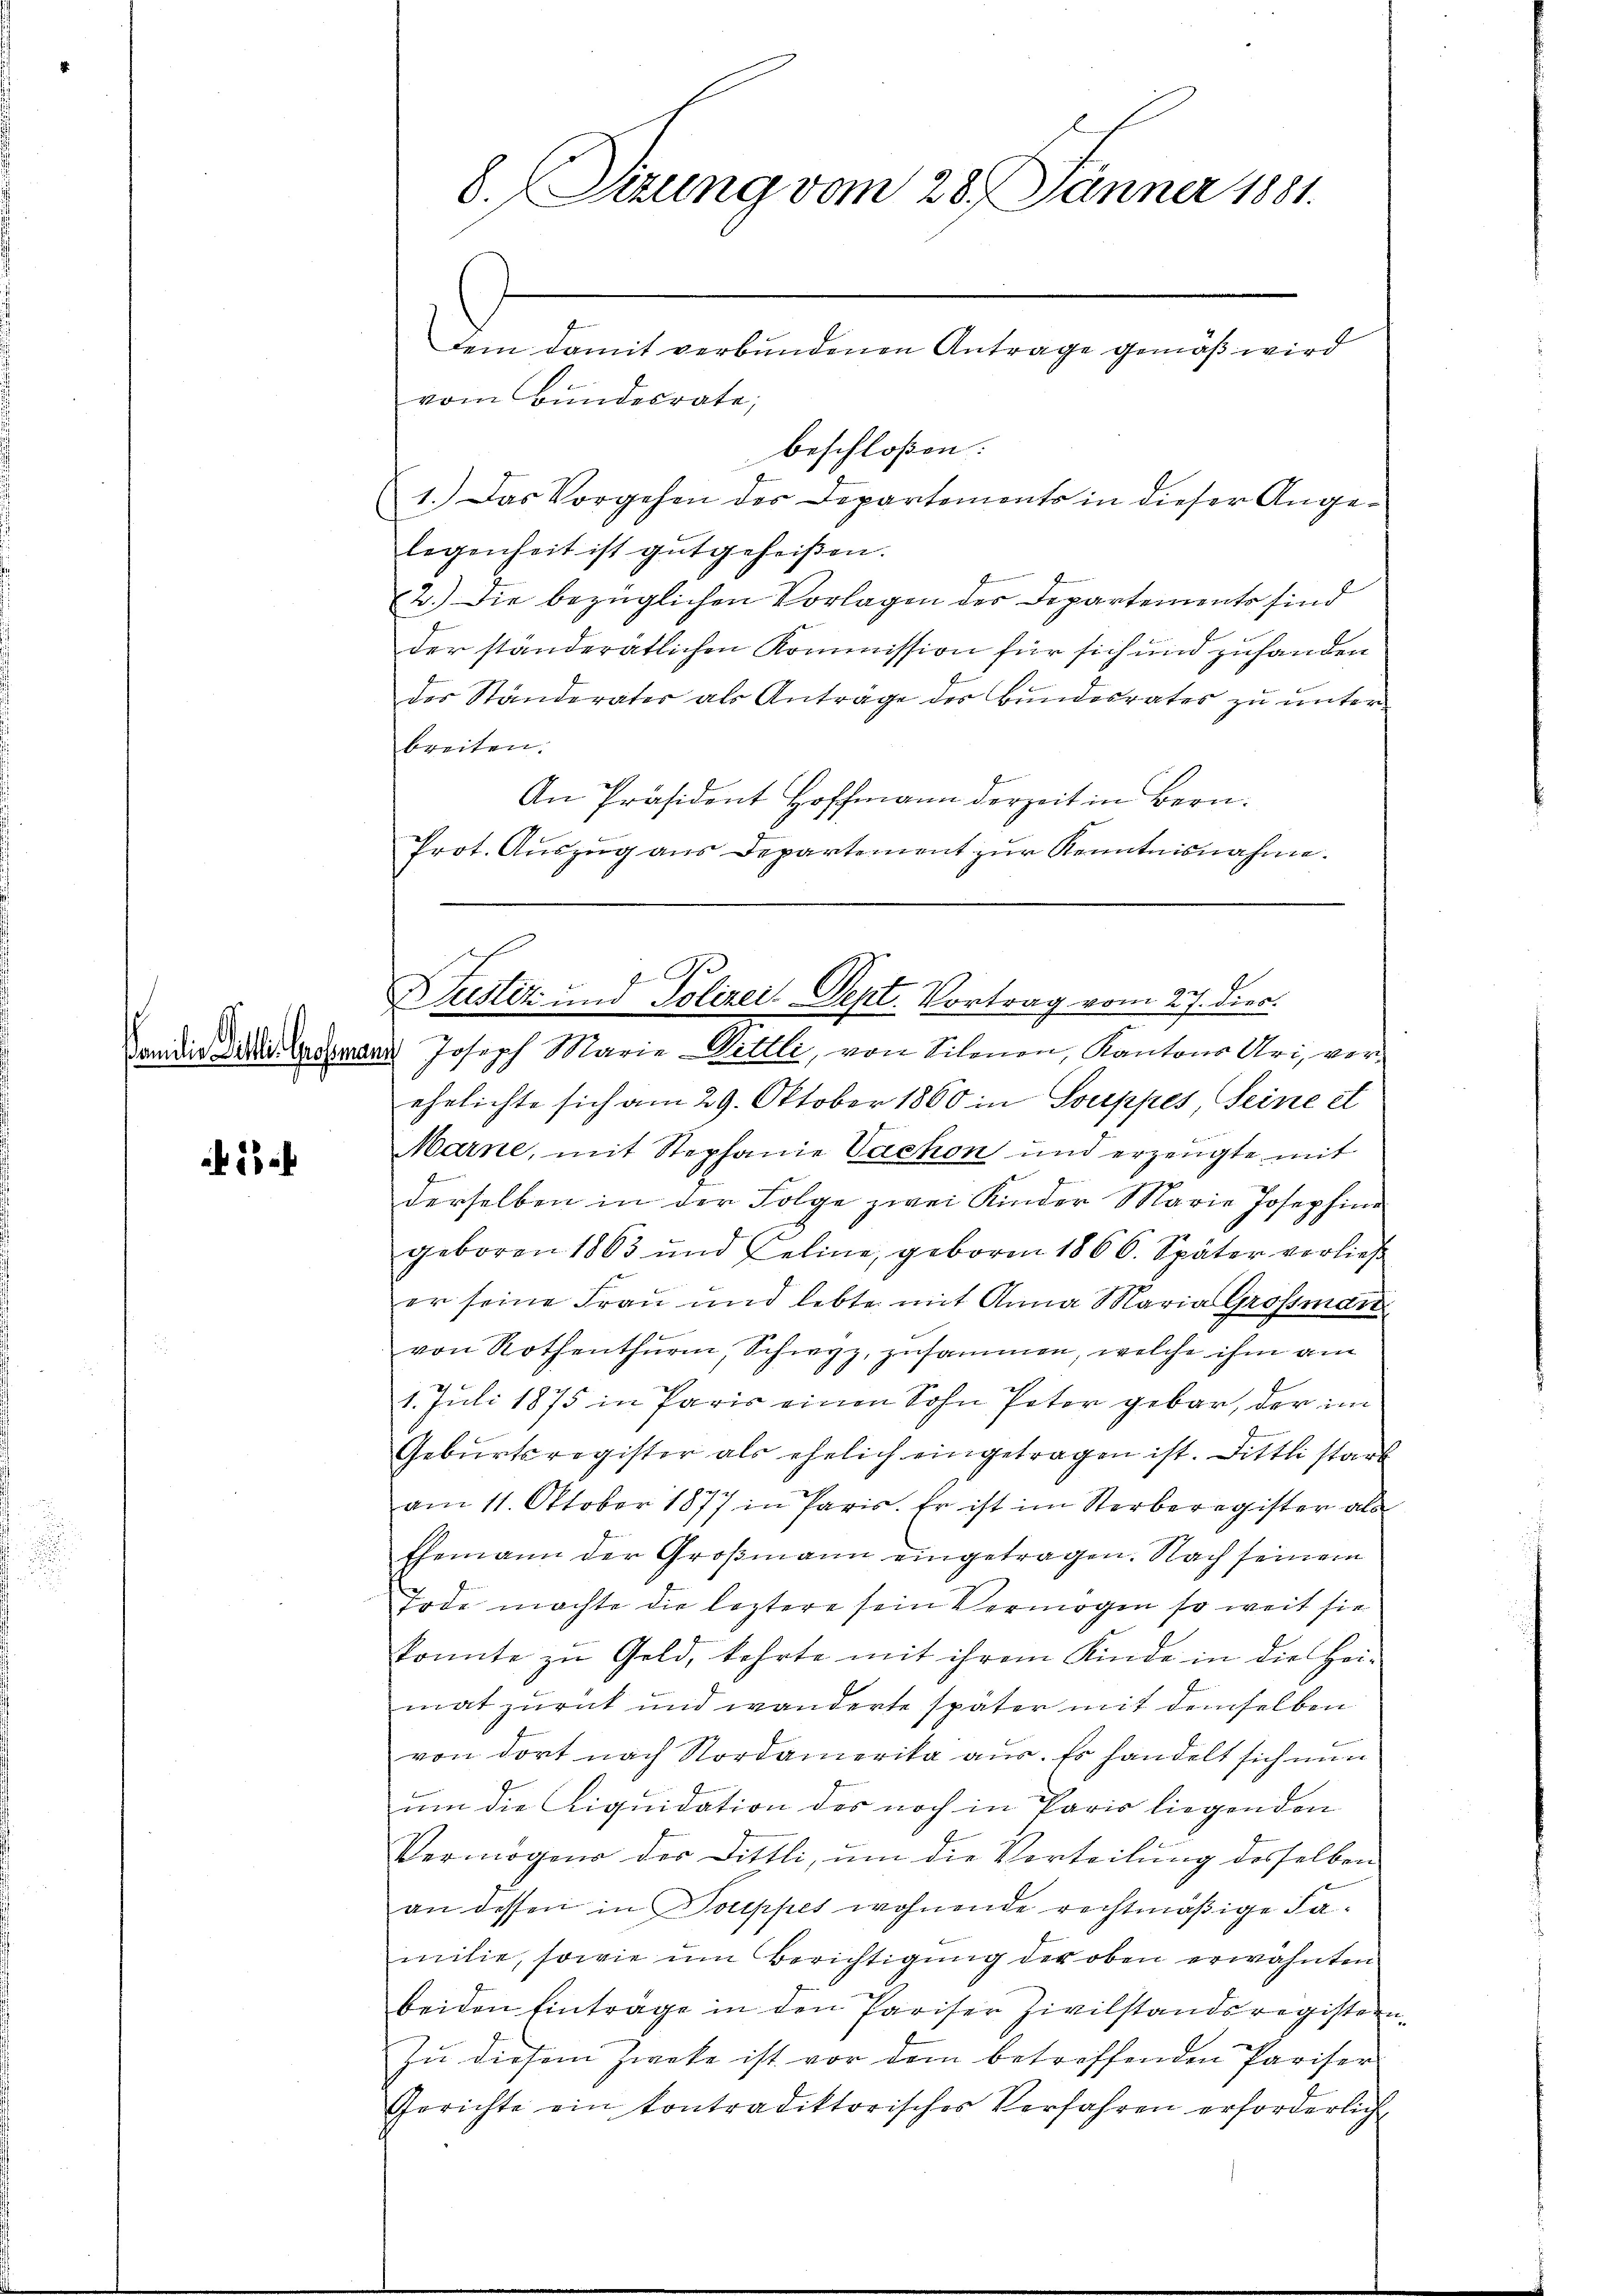
amilie Sitter Ges

2

8. Sizung vom 28. Jänner 1881.

dem damit verbundenen Antrage gemäß wird
vom Bundesrate,
beschloßen:
1.) Das Vorgehen des Departements in dieser Angelegenheit ist gutgeheißen.
2.) Die bezüglichen Vorlagen der Departements sind
der ständerätlichen Kommission für sich und zuhanden
der Ständerater als Anträge des Bundesrates zu unterbreiten.
An Präsident Hoffmann derzeit in Bern.
g
Prot. Auszug aus Departement zur Kenntnisnahme.

Justiz und Polizei. Sept. Vortrag vom 27. dies.

a Joseph Marie Dittli, von Silonen, Kantons Uri, verehelichte sich am 29. Oktober 1860 in Souppes, Seine et
Marne, mit Stephanie Vachon und erzeugte mit
derselben in der Folge zwei Kinder Marie Josephine
geboren 1863 und Zeline, geboren 1866. Später verließ
er seine Frau und lebte mit Anna Maria Grossman
von Rothenthurm, Schwyz, zusammen, welche ihm am
1. Juli 1875 in Paris einen Sohn Pater gebar, der im
Gebŭrtsregister als ehelich eingetragen ist. Dittli starb
am 11. Oktober 1877 in Paris. Er ist im Sterberegister als
Ehemann der Großmann eingetragen. Nach seinem
Tode machte die leztere sein Vermögen so weit sie
konnte zu Geld, kehrte mit ihrem Kinde in die Hei-
mat zurück und wanderte später mit demselben
von dort nach Nordamerika aus. Es handelt sich nun
um die Liquidation des noch in Paris liegenden
Vermögens der Dittli, um die Vorteilung desselben
an dessen in Souppes wohnende rechtmäßige Familie, sowie im Berichtigung der oben erwähnten
beiden Einträge in den Pariser Zivilstandsregistern¬
Zu diesem Zweke ist vor dem betreffenden Pariser
Gerichte ein kontradiktorisches Verfahren erforderlich